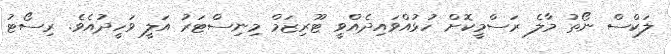
ލަކްސް ނޯތު މާލެ ރަސްމީކޮށް ހުޅުއްވައިދެއްވީ ޓޫރިޒަމް މިނިސްޓަރު އަލީ ވަހީދުއެވެ. ރިސޯޓު